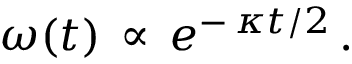
\: \omega ( t ) \, \propto \, e ^ { - \, \kappa t / 2 } \, . \: